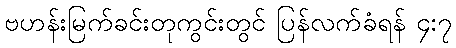
ဗဟန်းမြက်ခင်းတုကွင်းတွင် ပြန်လက်ခံရန် ၄:၇